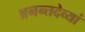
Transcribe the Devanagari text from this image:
अनन्तदेव्यां